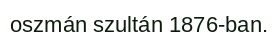
oszmán szultán 1876-ban.